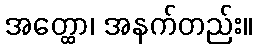
အတ္ထော၊ အနက်တည်း။